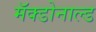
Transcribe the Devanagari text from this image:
मॅक्डोनाल्ड